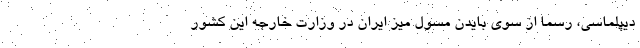
دیپلماسی، رسما از سوی بایدن مسول میز ایران در وزارت خارجه این کشور